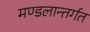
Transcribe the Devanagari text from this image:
मण्डलान्तर्गत